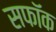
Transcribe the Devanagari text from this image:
सफॉक